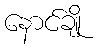
နောင်ချို